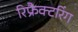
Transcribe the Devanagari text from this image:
रिफ्रैक्टरिंग